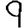
Digit: 9